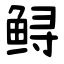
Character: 鲟